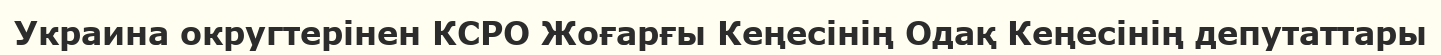
Украина округтерінен КСРО Жоғарғы Кеңесінің Одақ Кеңесінің депутаттары